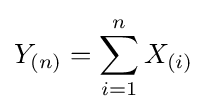
Y_{(n)}=\sum _{i=1}^{n}X_{(i)}